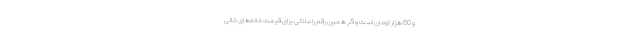
و 60 هزار تومان است و اگر همین رقم را ملاکی برای قیمت خانه‌های خالی